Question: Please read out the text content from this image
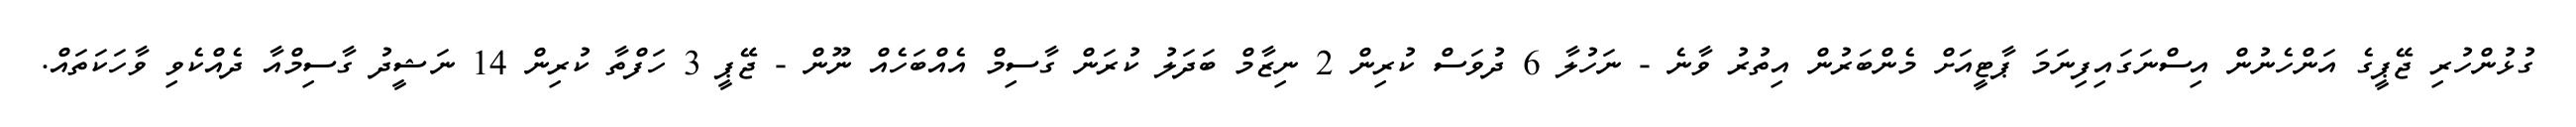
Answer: ގުޅުންހުރި ޖޭޕީގެ އަންހެނުން އިސްނަގައިފިނަމަ ޕާޓީއަށް މެންބަރުން އިތުރު ވާނެ - ނަހުލާ 6 ދުވަސް ކުރިން 2 ނިޒާމް ބަދަލު ކުރަން ގާސިމް އެއްބަހެއް ނޫން - ޖޭޕީ 3 ހަފްތާ ކުރިން 14 ނަޝީދު ގާސިމްއާ ދެއްކެވި ވާހަކަތައް.